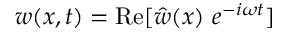
w ( x , t ) = { \mathrm { R e } } [ { \hat { w } } ( x ) ~ e ^ { - i \omega t } ]